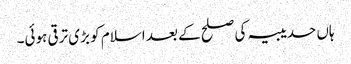
ہاں حدیبیہ کی صلح کے بعد اسلام کو بڑی ترقی ہوئی۔